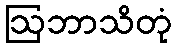
ဩဘာသိတုံ